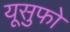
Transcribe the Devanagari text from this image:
यूसुफो